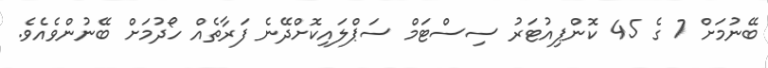
ބޭނުމަށް 7 ގެ 45 ކޮންޕިއުޓަރު ސިސްޓަމް ސަޕްލައިކޮށްދޭނެ ފަރާތެއް ހޯދުމަށް ބޭނުންވެއެވެ.